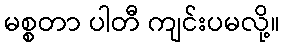
မစ္စတာ ပါတီ ကျင်းပမလို့။